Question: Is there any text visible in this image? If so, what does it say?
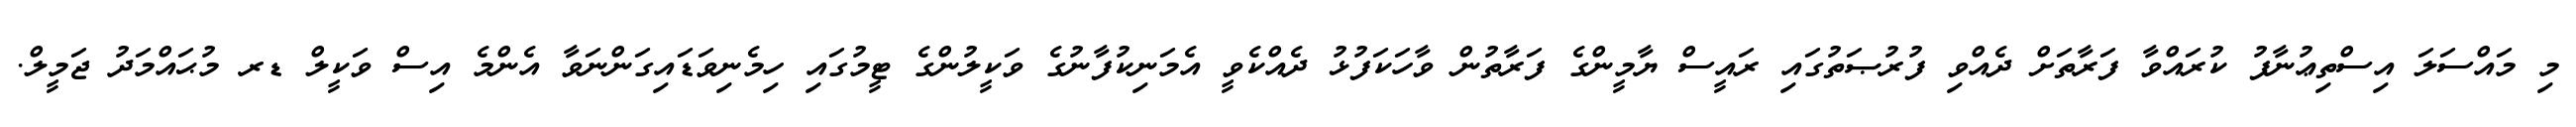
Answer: މި މައްސަލަ އިސްތިޢުނާފު ކުރައްވާ ފަރާތަށް ދެއްވި ފުރުޞަތުގައި ރައީސް ޔާމީންގެ ފަރާތުން ވާހަކަފުޅު ދެއްކެވީ އެމަނިކުފާނުގެ ވަކީލުންގެ ޓީމުގައި ހިމެނިވަޑައިގަންނަވާ އެންމެ އިސް ވަކީލް ޑރ މުޙައްމަދު ޖަމީލް.